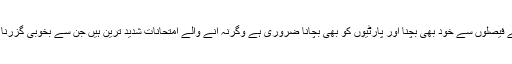
ایسے بے ڈھنگے فیصلوں سے خود بھی بچنا اور پارٹیوں کو بھی بچانا ضروری ہے وگرنہ آنے والے امتحانات شدید ترین ہیں جن سے بخوبی گزرنا ممکن نہیں ہوگا۔